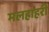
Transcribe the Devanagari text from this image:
मलहाहरी